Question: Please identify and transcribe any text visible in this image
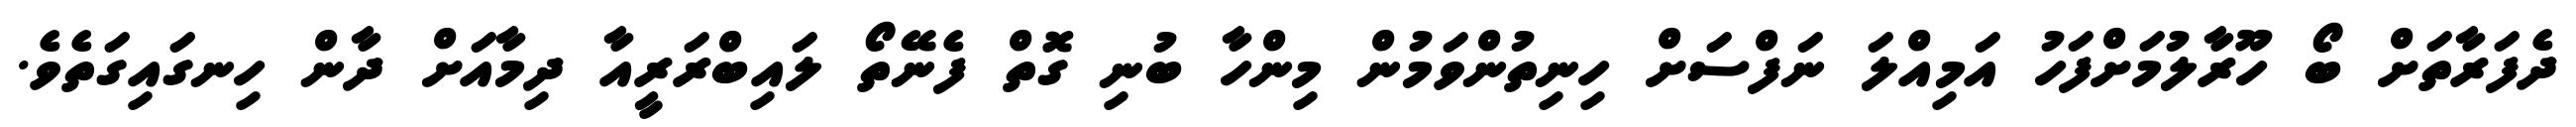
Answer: ދެފަރާތަށް ބޯ ހޫރާލުމަށްފަހު އަމިއްލަ ނަފްސަށް ހިނިތުންވަމުން މިންހާ ބުނި ގޮތް ފެނޭތޯ ލައިބްރަރީއާ ދިމާއަށް ދާން ހިނގައިގަތެވެ.